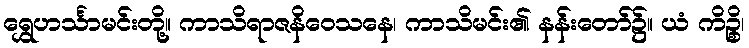
ရွှေဟင်္သာမင်းတို့။ ကာသိရာဇနိဝေသနေ၊ ကာသိမင်း၏ နန်းတော်၌။ ယံ ကိဉ္စိ၊